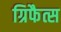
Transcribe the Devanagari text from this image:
ग्रिफैत्स